Leaving Certificate, 1899
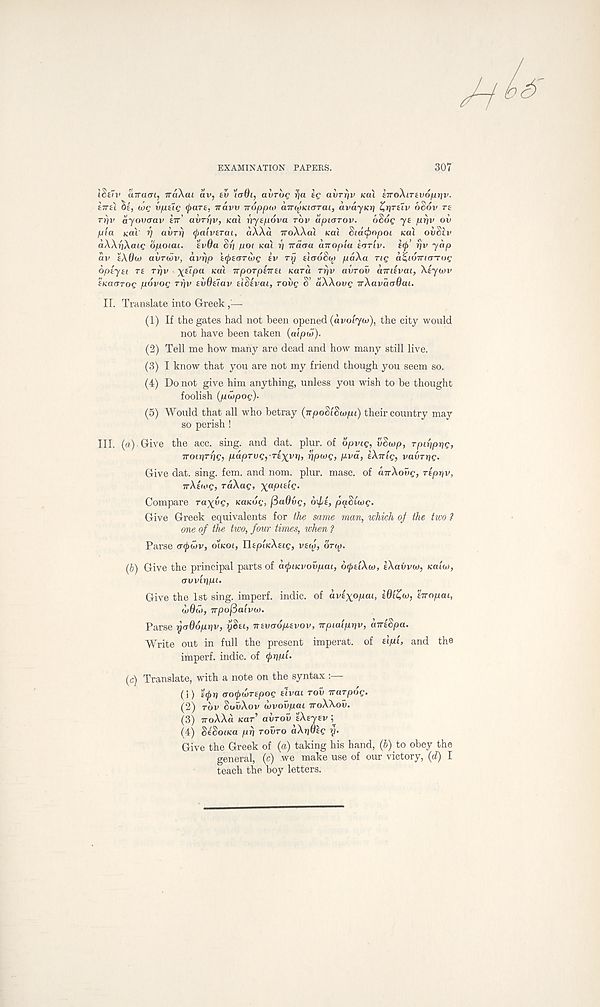
EXAMINATION PAPERS.
307
iSeiv aTraai, iraXai av, sv 'iaOt, avrug rja eg avrfjv KOX broiXiTevofiriv.
ETTEI ^£, cog v/ielg (pare, ndvv Troppto dir^Kurrai, dvdjKr}
oSov re
ri)v dyovaav err' avryv, KCU vyepova rbv dpiarov.
6$6g ye jurjv oi)
pia KCU rj avrrj (palverai, dX\d TTOXACU KUL Sia(f)opoi KOX OVSCV
aXXriXcug opoicu. evda Srj pot Kcii fj irdaa anopia ecsriv. e<(>’ fjv yap
dv eX0(t) avrdjv, dvi)p ecfreariog ev rij elceobo^ pdXa rig d^ioma-rog
bpeyei re rriv X £ 0°a Kal Tcporpeirei Kara rrjv avrov dmevai, Xeycov
eKaorog pdvog ri)v evOeiav eiSevat, roiig S’ dXXovg vXavdadai.
II. Translate into Greek
(1) If the gates had not been opened (dvoiyoj), the city would
not have been taken (aipw).
(2) Tell me how many are dead and how many still live.
(3) I know that you are not my friend though you seem so.
(4) Do not give him anything, unless you wish to be thought
foolish (pwpog).
(5) Would that all who betray (npodiSw/n) their country may
so perish !
III. (a) Give the acc. sing, and dat. plur. of opvig, vSwp, rpiriprig,
Troirirrig, p.aprvg, rexvri, rjpwg, pvd, eXnig, vavrrig.
Give dat. sing. fern, and nom. plur. masc. of aTrXowe, rep^v,
irXwg, rdXag, xapieig.
Compare raxyg, KaKog, flaOvg, oxf/e, pqSCwg.
Give Greek equivalents for the same man, which of the two ?
one of the two, four times, when ?
Parse acpwv, oi’icot, EDpucAae, veto, ortp.
(b) Give the principal parts of acjnKvovpai, cxptiXoj, eXavvco, KUIW,
avvinpi.
Give the 1st sing, imperf. indie, of dvexopai, eOi^w, twapai,
wOio, wpofiaiva).
Parse yaOopriv, ySei, nevcr6p,evov, wpiaipyv, cnreSpa.
Write out in full the present imperat. of
and the
imperf. indie, of
(c) Translate, with a note on the syntax
(1) eQrt acxjxLrepog elvai rov warpog.
(2) rbv SouAov wvovpai TTOXXOV.
(3) TJ-oAAd Kar’ avrov eXeyev ^
(4) SeSoiKa prj rovro dXriOeg y.
Give the Greek of (a) taking his hand, (b) to obey the
general, (c) we make use of our victory, (d) I
teach the boy letters.